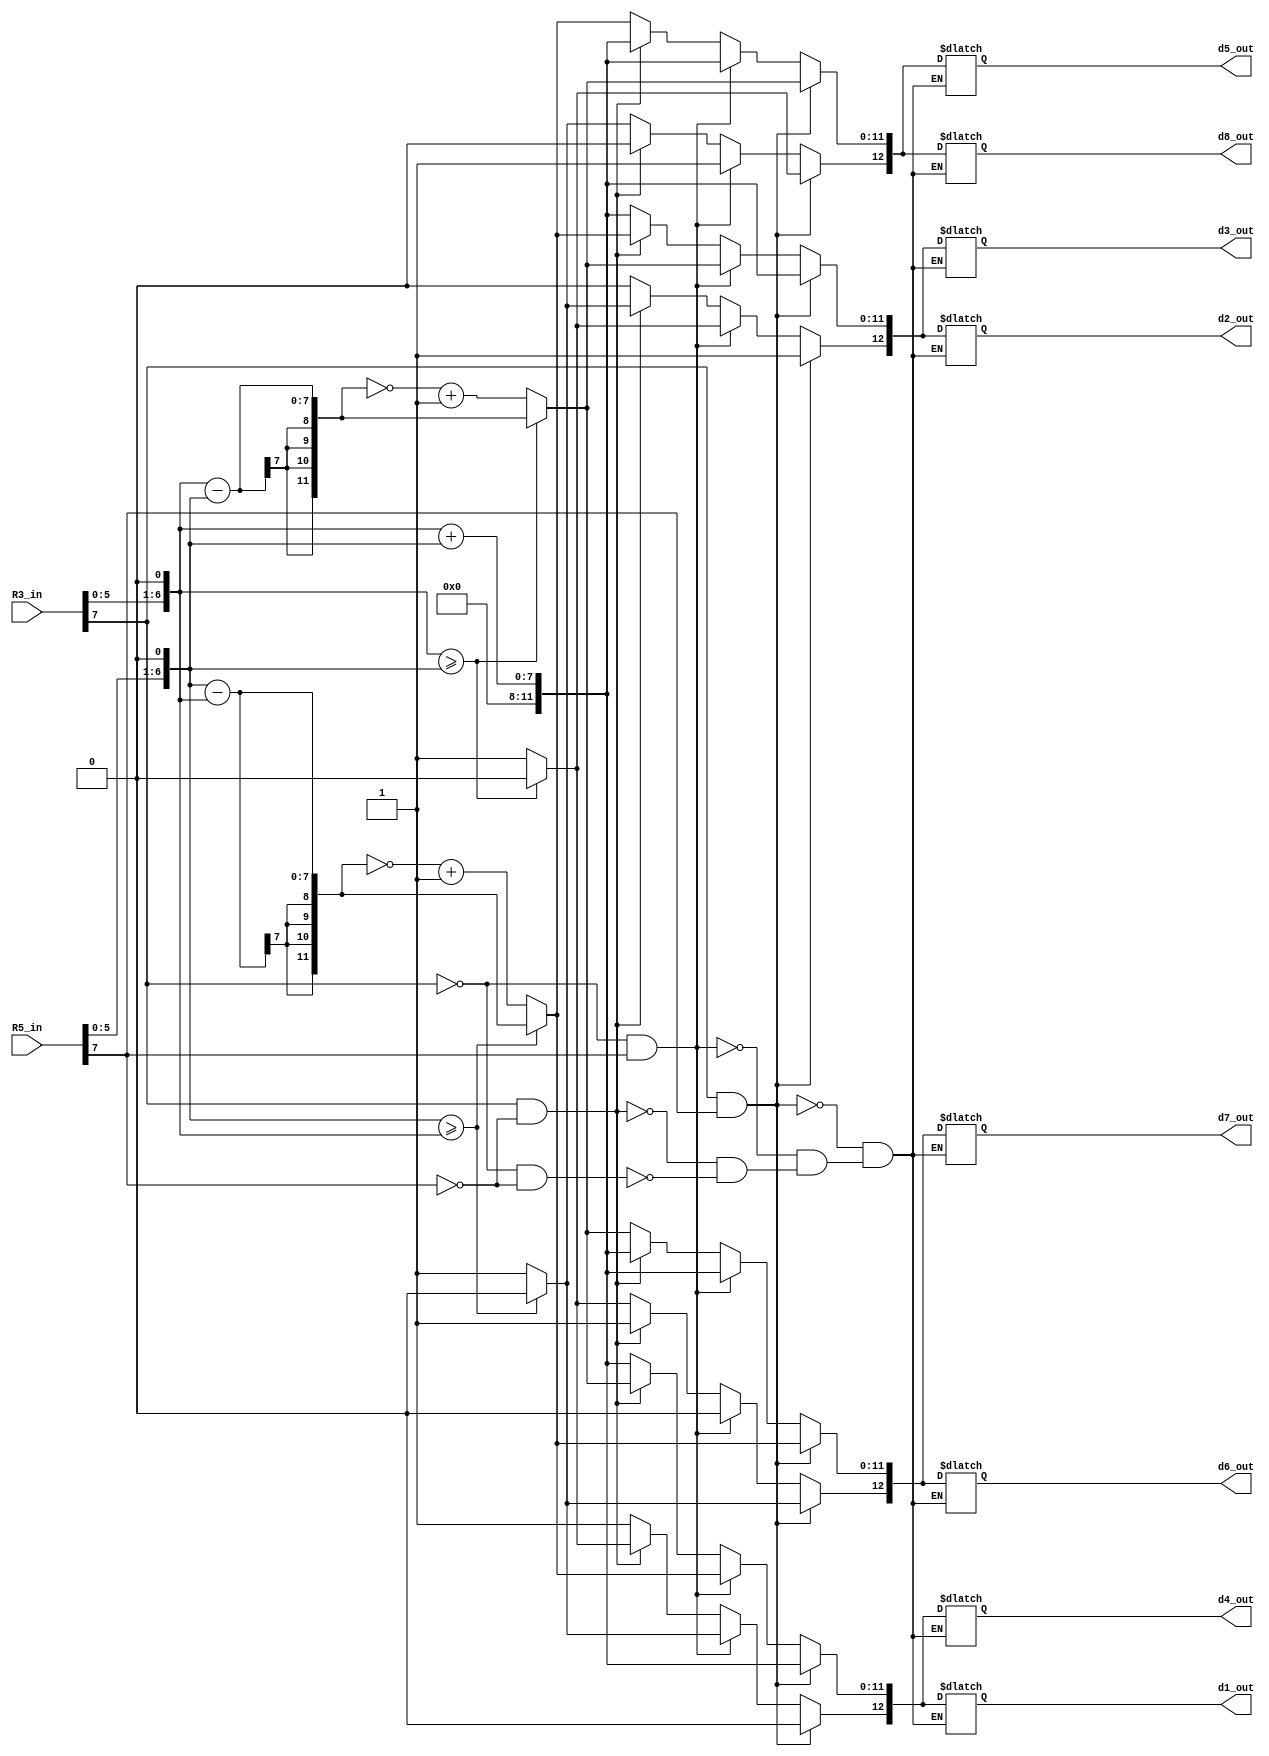
module stage2 (
R3_in,
R5_in,
d1_out,
d2_out, 
d3_out, 
d4_out,
d5_out,
d6_out, 
d7_out, 
d8_out			
);

input wire [7:0] R3_in;
input wire [7:0] R5_in;

output reg [12:0] d1_out;
output reg [12:0] d2_out;
output reg [12:0] d3_out;
output reg [12:0] d4_out;
output reg [12:0] d5_out;
output reg [12:0] d6_out;
output reg [12:0] d7_out;
output reg [12:0] d8_out;

reg [12:0] TWOR1;
reg [12:0] TWOR2;




always @(R3_in,R5_in)
begin


	TWOR1 = {R3_in[7],5'b00000,R3_in[6:0] << 1};
	TWOR2 = {R5_in[7],5'b00000,R5_in[6:0] << 1};

	//both numbers positive: 
	//			d1 = -(2R1 + 2R2)
	//			d2 = +2R1 + 2R2
	//			d3 = +2R1 + 2R2
	//			d4 = -(2R1 + 2R2)
	//			d5 = +2R2 - 2R1
	//			d6 = +2R1 - 2R2
	//			d7 = +2R1 - 2R2
	//			d8 = +2R2 - 2R1
	if(TWOR1[12] == 0 && TWOR2[12] == 0) begin
		d1_out[11:0] <= TWOR1[11:0] + TWOR2[11:0];
		d1_out[12] <= 1;
		
		d4_out[11:0] <= TWOR1[11:0] + TWOR2[11:0];
		d4_out[12] <= 1;

		d2_out[11:0] <= TWOR1[11:0] + TWOR2[11:0];
		d2_out[12] <= 0;
		
		d3_out[11:0] <= TWOR1[11:0] + TWOR2[11:0];
		d3_out[12] <= 0;

		if(TWOR1[11:0] >= TWOR2[11:0]) begin
			d6_out[11:0] <= TWOR1[11:0] - TWOR2[11:0];
			d6_out[12] <= 0;
			d7_out[11:0] <= TWOR1[11:0] - TWOR2[11:0];
			d7_out[12] <= 0;
		end else begin
			d6_out[11:0] <= (~(TWOR1[11:0] - TWOR2[11:0])+7'b0000001);
			d6_out[12] <= 1;
			d7_out[11:0] <= (~(TWOR1[11:0] - TWOR2[11:0])+7'b0000001);
			d7_out[12] <= 1;
		end
		
		if(TWOR2[11:0] >= TWOR1[11:0]) begin
			d5_out[11:0] <= TWOR2[11:0] - TWOR1[11:0];
			d5_out[12] <= 0;
			d8_out[11:0] <= TWOR2[11:0] - TWOR1[11:0];
			d8_out[12] <= 0;
		end else begin
			d5_out[11:0] <= (~(TWOR2[11:0] - TWOR1[11:0])+7'b0000001); 
			d5_out[12] <= 1;
			d8_out[11:0] <= (~(TWOR2[11:0] - TWOR1[11:0])+7'b0000001); 
			d8_out[12] <= 1;
		end
	end


	//R1 negative, R2 positive:
	//			d1 = +2R1 - 2R2
	//			d2 = +2R2 - 2R1
	//			d3 = +2R2 - 2R1
	//			d4 = +2R1 - 2R2
	//			d5 = +2R2 + 2R1
	//			d6 = -(2R1 + 2R2)
	//			d7 = -(2R1 + 2R2)
	//			d8 = +2R2 + 2R1
	if(TWOR1[12] == 1 && TWOR2[12] == 0) begin
		d6_out[11:0] <= TWOR1[11:0] + TWOR2[11:0];
		d6_out[12] <= 1;
		
		d7_out[11:0] <= TWOR1[11:0] + TWOR2[11:0];
		d7_out[12] <= 1;

		d5_out[11:0] <= TWOR1[11:0] + TWOR2[11:0];
		d5_out[12] <= 0;
		
		d8_out[11:0] <= TWOR1[11:0] + TWOR2[11:0];
		d8_out[12] <= 0;

		if(TWOR1[11:0] >= TWOR2[11:0]) begin
			d1_out[11:0] <= TWOR1[11:0] - TWOR2[11:0];
			d1_out[12] <= 0;
			d4_out[11:0] <= TWOR1[11:0] - TWOR2[11:0];
			d4_out[12] <= 0;
		end else begin
			d1_out[11:0] <= (~(TWOR1[11:0] - TWOR2[11:0])+7'b0000001);
			d1_out[12] <= 1;
			d4_out[11:0] <= (~(TWOR1[11:0] - TWOR2[11:0])+7'b0000001);
			d4_out[12] <= 1;
		end
		
		if(TWOR2[11:0] >= TWOR1[11:0]) begin
			d2_out[11:0] <= TWOR2[11:0] - TWOR1[11:0];
			d2_out[12] <= 0;
			d3_out[11:0] <= TWOR2[11:0] - TWOR1[11:0];
			d3_out[12] <= 0;
		end else begin
			d2_out[11:0] <= (~(TWOR2[11:0] - TWOR1[11:0])+7'b0000001); 
			d2_out[12] <= 1;
			d3_out[11:0] <= (~(TWOR2[11:0] - TWOR1[11:0])+7'b0000001); 
			d3_out[12] <= 1;
		end
	end
	
	
	
	//R2 negative, R1 positive:  
	//			d1 = -2R1 + 2R2
	//			d2 = +2R1 - 2R2
	//			d3 = +2R1 - 2R2
	//			d4 = -2R1 + 2R2
	//			d5 = -(2R1 + 2R2)
	//			d6 = +2R1 + 2R2
	//			d7 = +2R1 + 2R2
	//			d8 = -(2R1 + 2R2)
	if(TWOR1[12] == 0 && TWOR2[12] == 1) begin
		d5_out[11:0] <= TWOR1[11:0] + TWOR2[11:0];
		d5_out[12] <= 1;
		
		d8_out[11:0] <= TWOR1[11:0] + TWOR2[11:0];
		d8_out[12] <= 1;

		d6_out[11:0] <= TWOR1[11:0] + TWOR2[11:0];
		d6_out[12] <= 0;
		
		d7_out[11:0] <= TWOR1[11:0] + TWOR2[11:0];
		d7_out[12] <= 0;

		if(TWOR1[11:0] >= TWOR2[11:0]) begin
			d2_out[11:0] <= TWOR1[11:0] - TWOR2[11:0];
			d2_out[12] <= 0;
			d3_out[11:0] <= TWOR1[11:0] - TWOR2[11:0];
			d3_out[12] <= 0;
		end else begin
			d2_out[11:0] <= (~(TWOR1[11:0] - TWOR2[11:0])+7'b0000001);
			d2_out[12] <= 1;
			d3_out[11:0] <= (~(TWOR1[11:0] - TWOR2[11:0])+7'b0000001);
			d3_out[12] <= 1;
		end
		
		if(TWOR2[11:0] >= TWOR1[11:0]) begin
			d1_out[11:0] <= TWOR2[11:0] - TWOR1[11:0];
			d1_out[12] <= 0;
			d4_out[11:0] <= TWOR2[11:0] - TWOR1[11:0];
			d4_out[12] <= 0;
		end else begin
			d1_out[11:0] <= (~(TWOR2[11:0] - TWOR1[11:0])+7'b0000001); 
			d1_out[12] <= 1;
			d4_out[11:0] <= (~(TWOR2[11:0] - TWOR1[11:0])+7'b0000001); 
			d4_out[12] <= 1;
		end
	end
	
	
	
	//both numbers negative: 
	//			d1 = +2R1 + 2R2
	//			d2 = -(2R1 + 2R2)
	//			d3 = -(2R1 + 2R2)
	//			d4 = +2R1 + 2R2
	//			d5 = 2R1 - 2R2
	//			d6 = 2R2 - 2R1
	//			d7 = 2R2 - 2R1
	//			d8 = 2R1 - 2R2
	if(TWOR1[12] == 1 && TWOR2[12] == 1) begin
		d2_out[11:0] <= TWOR1[11:0] + TWOR2[11:0];
		d2_out[12] <= 1;
		
		d3_out[11:0] <= TWOR1[11:0] + TWOR2[11:0];
		d3_out[12] <= 1;

		d1_out[11:0] <= TWOR1[11:0] + TWOR2[11:0];
		d1_out[12] <= 0;
		
		d4_out[11:0] <= TWOR1[11:0] + TWOR2[11:0];
		d4_out[12] <= 0;

		if(TWOR1[11:0] >= TWOR2[11:0]) begin
			d5_out[11:0] <= TWOR1[11:0] - TWOR2[11:0];
			d5_out[12] <= 0;
			d8_out[11:0] <= TWOR1[11:0] - TWOR2[11:0];
			d8_out[12] <= 0;
		end else begin
			d5_out[11:0] <= (~(TWOR1[11:0] - TWOR2[11:0])+7'b0000001);
			d5_out[12] <= 1;
			d8_out[11:0] <= (~(TWOR1[11:0] - TWOR2[11:0])+7'b0000001);
			d8_out[12] <= 1;
		end
		
		if(TWOR2[11:0] >= TWOR1[11:0]) begin
			d6_out[11:0] <= TWOR2[11:0] - TWOR1[11:0];
			d6_out[12] <= 0;
			d7_out[11:0] <= TWOR2[11:0] - TWOR1[11:0];
			d7_out[12] <= 0;
		end else begin
			d6_out[11:0] <= (~(TWOR2[11:0] - TWOR1[11:0])+7'b0000001); 
			d6_out[12] <= 1;
			d7_out[11:0] <= (~(TWOR2[11:0] - TWOR1[11:0])+7'b0000001); 
			d7_out[12] <= 1;
		end
	end

//d1_out <= TWOR1 + TWOR2; //d1 = -2R1 - 2R2 = -(2R1+2R2)

//d1_out[12] = d1_out[12]^1;

//d2_out <= TWOR1 + TWOR2; //d2 = +2R1 + 2R2

//d3_out <= TWOR1 + TWOR2; //d3 = +2R1 + 2R2

//d4_out <= TWOR1 + TWOR2; //d1 = -2R1 - 2R2 = -(2R1+2R2)

//d4_out[12] = d1_out[12]^1;


//d5_out <= TWOR2 - TWOR1; //d4 = -2R1 + 2R2

//d6_out <= TWOR1 - TWOR2; //d3 = +2R1 - 2R2

//d7_out <= TWOR1 - TWOR2; //d3 = +2R1 - 2R2

//d8_out <= TWOR2 - TWOR1; //d4 = -2R1 + 2R2


end
	
	
endmodule